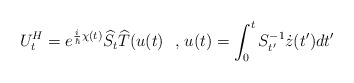
\begin{align*}U_{t}^{H}=e^{\frac{i}{\hbar}\chi(t)}\widehat{S_{t}}\widehat{T}(u(t)\text{ \ ,\ }u(t)=\int_{0}^{t}S_{t^{\prime}}^{-1}\dot{z}(t^{\prime})dt^{\prime}\end{align*}